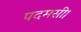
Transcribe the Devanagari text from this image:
पदमसी।